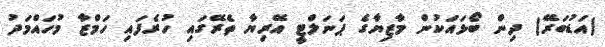
(އަޑުބަރޭ) ދިން ބޯޅައަކުން މާޒިޔާގެ ޕަނަލްޓީ އޭރިޔާ ތެރޭގައި ހުރެފައި ހަމްޒާ މުހައްމަދު